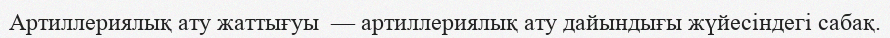
Артиллериялық ату жаттығуы  — артиллериялық ату дайындығы жүйесіндегі сабақ.